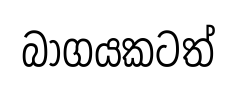
බාගයකටත්